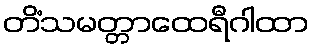
တိံသမတ္တာထေရီဂါထာ